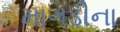
માગડીના